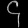
Digit: ၄